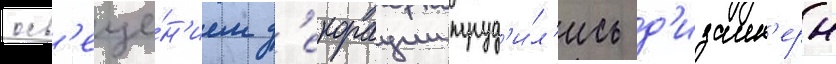
осв'еще́н'ием д'екорации труд'и́л'ись д'изаин'еры